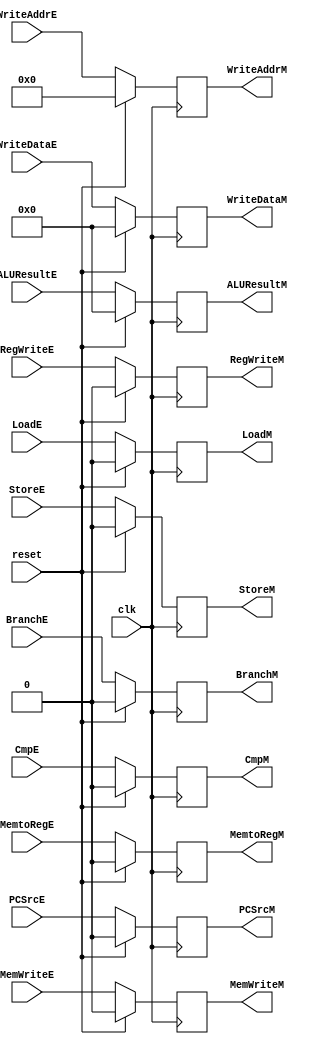
module EXMEM_Register(
	input clk,
	input reset,
	input RegWriteE,
	input MemtoRegE,
	input MemWriteE,
	input[3:0] WriteAddrE,
	input[31:0] WriteDataE,
	input[31:0] ALUResultE,
	input StoreE,
	input CmpE,
	input PCSrcE,
	input BranchE,
	input LoadE,
	output reg LoadM,
	output reg BranchM,
	output reg PCSrcM,
	output reg CmpM,
	output reg StoreM,
	output reg RegWriteM,
	output reg MemtoRegM,
	output reg MemWriteM,
	output reg[3:0] WriteAddrM,
	output reg[31:0] WriteDataM,
	output reg[31:0] ALUResultM);

	always @ (negedge clk)
	begin
	if (reset)
	begin
		RegWriteM <= 1'b0;
		MemtoRegM <= 1'b0;
		MemWriteM <= 1'b0;
		WriteAddrM <= 4'b0000;
		WriteDataM <= 'h00000000;
		ALUResultM <= 'h00000000;
		StoreM <= 1'b0;
		CmpM <= 1'b0;
		PCSrcM <= 1'b0;
		BranchM <= 1'b0;
		LoadM <= 1'b0;
	end
	else
	begin
		RegWriteM <= RegWriteE;
		MemtoRegM <= MemtoRegE;
		MemWriteM <= MemWriteE;
		WriteAddrM <= WriteAddrE;
		WriteDataM <= WriteDataE;
		ALUResultM <= ALUResultE;
		StoreM <= StoreE;
		CmpM <= CmpE;
		PCSrcM <= PCSrcE;
		BranchM <= BranchE;
		LoadM <= LoadE;
	end
	end

endmodule